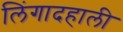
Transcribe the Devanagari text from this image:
लिंगादहाली